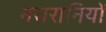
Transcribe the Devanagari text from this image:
नसरानियों